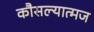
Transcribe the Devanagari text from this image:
कौसल्यात्मज